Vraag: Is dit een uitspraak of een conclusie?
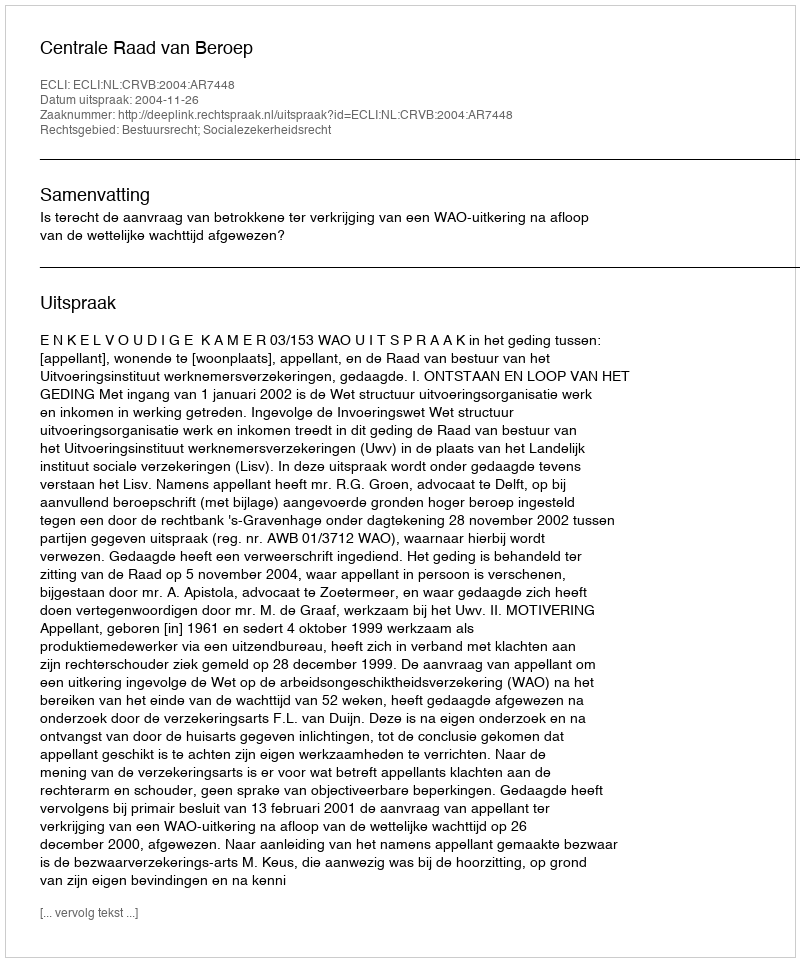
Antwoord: Uitspraak